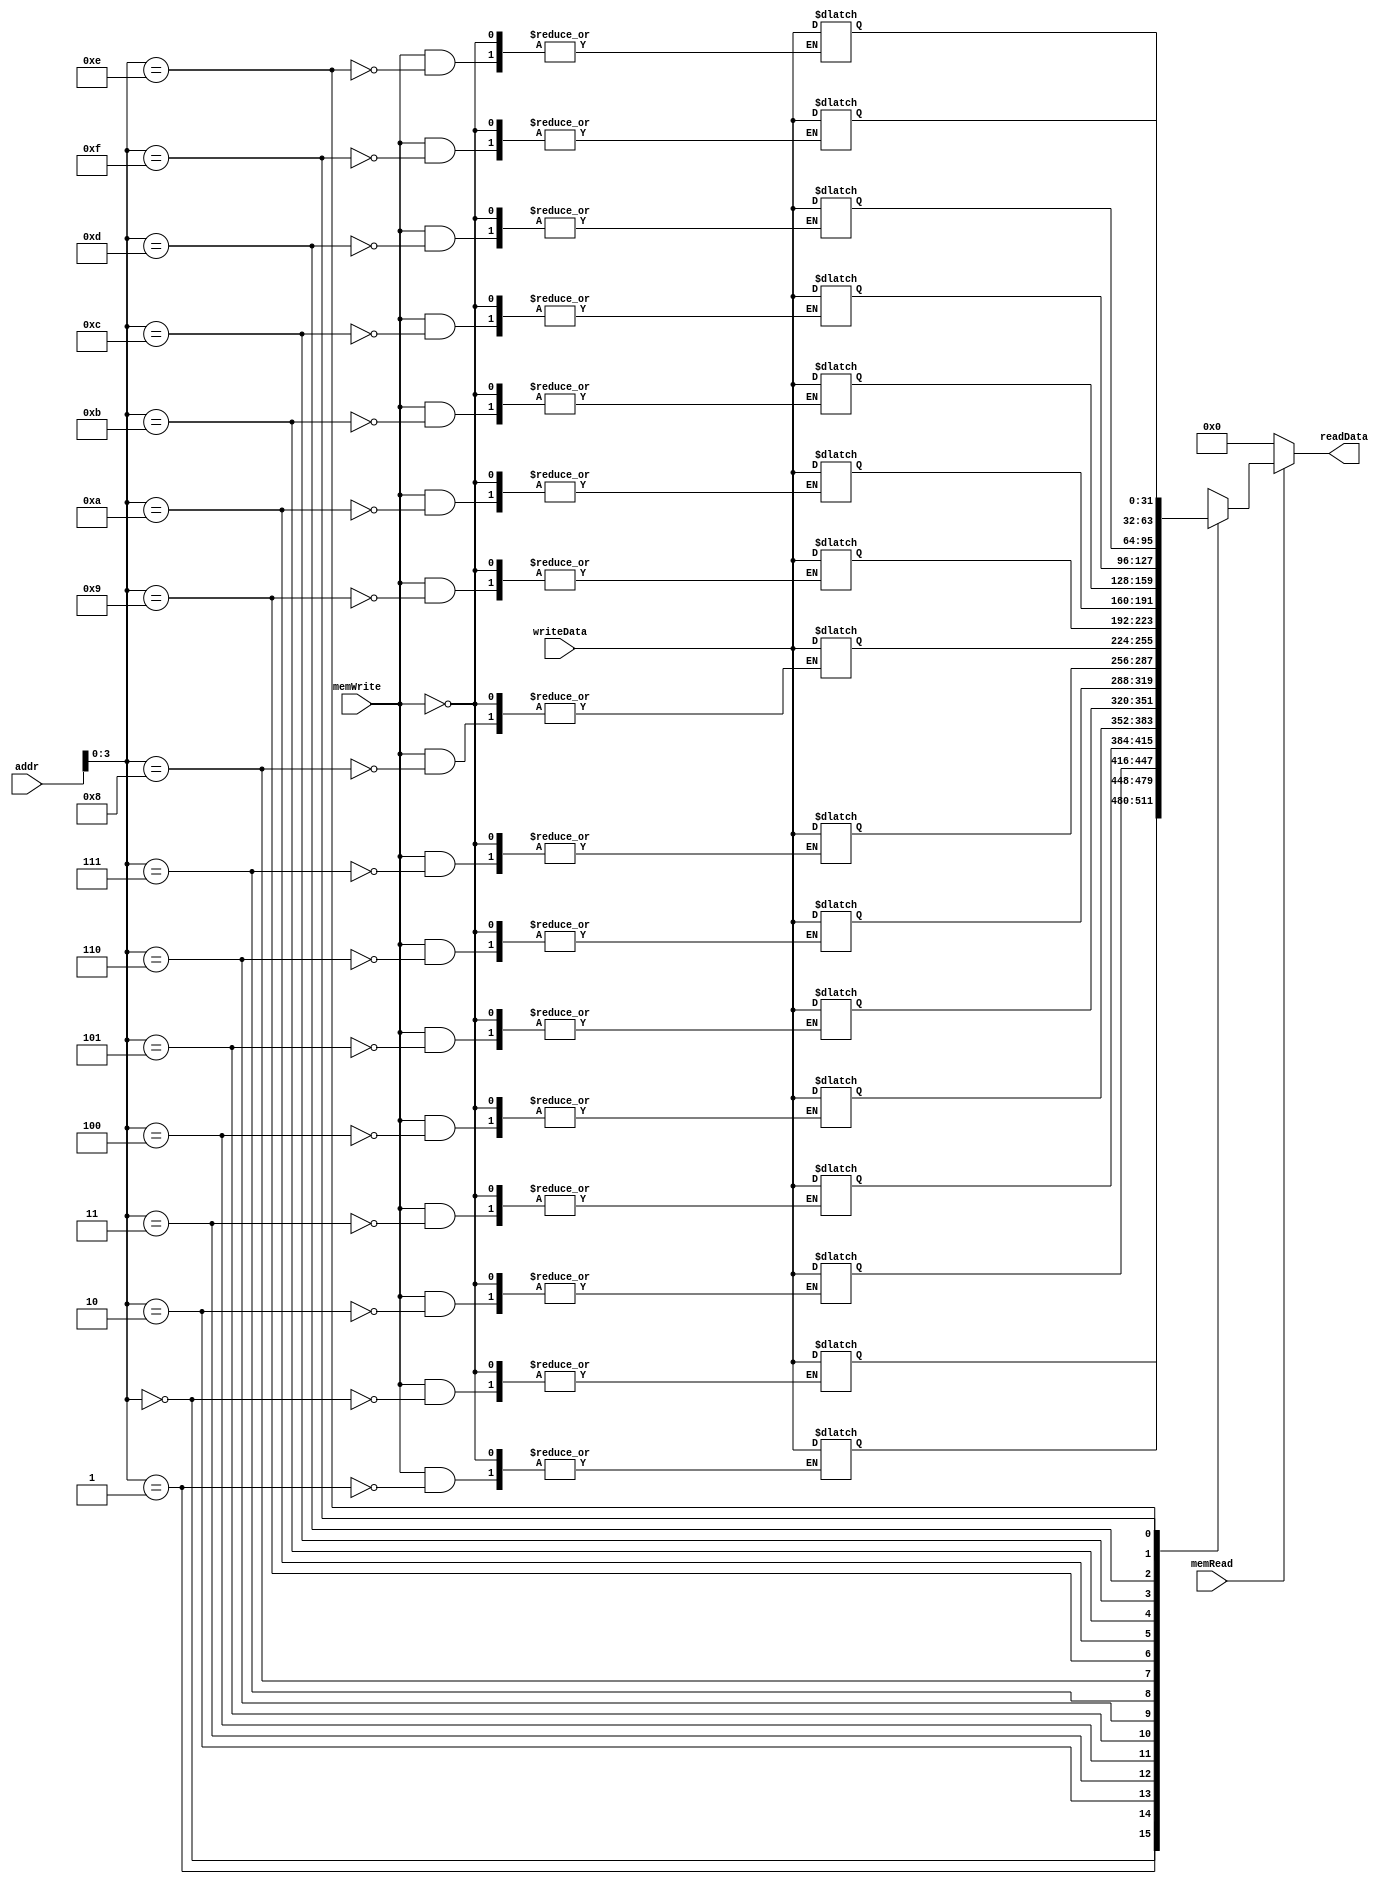

module data_mem(input [31:0] addr, input [31:0] writeData, input memRead, input memWrite, output reg [31:0]readData);
	
	reg [32:0] ram [15:0];
	initial 
	begin 
			ram[0] = 32'b00000000000000000000000000000000;  
            ram[1] = 32'b00000000000000000000000000000001; 
            ram[2] = 32'b00000000000000000000000000000010;  
            ram[3] = 32'b00000000000000000000000000000011;  
            ram[4] = 32'b00000000000000000000000000000100;  
            ram[5] = 32'b00000000000000000000000000000101;
            ram[6] = 32'b00000000000000000000000000000111;  
            ram[7] = 32'b00000000000000000000000000001000; 
            ram[8] = 32'b00000000000000000000000000000000;  
            ram[9] = 32'b00000000000000000000000000000000; 
            ram[10] = 32'b00000000000000000000000000000000;  
            ram[11] = 32'b00000000000000000000000000000000;  
            ram[12] = 32'b00000000000000000000000000000000;
            ram[13] = 32'b00000000000000000000000000000000;  
            ram[14] = 32'b00000000000000000000000000000000;  
            ram[15] = 32'b00000000000000000000000000000000;
	end 
	always@ (addr,writeData,memRead,memWrite) begin
	
	 readData =  memRead ? ram[addr] : 32'b0 ;

	if (memWrite)
 		ram[addr] <= writeData;
	end
endmodule